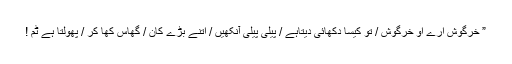
” خرگوش ارے او خرگوش / تو کیسا دکھائی دیتاہے / پیلی پیلی آنکھیں / اتنے بڑے کان / گھاس کھا کر / پھولتا ہے ٹُم !